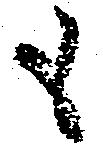
も